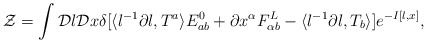
\begin{align*}{\cal Z}=\int{\cal D}l{\cal D}x\delta[\langle l^{-1}\partial l,T^{a}\rangle E^{0}_{ab}+\partial x^{\alpha}F^{L}_{\alpha b}-\langle l^{-1}\partial l,T_{b}\rangle]e^{-I[l,x]},\end{align*}